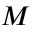
M